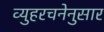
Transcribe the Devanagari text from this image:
व्युहरचनेनुसार